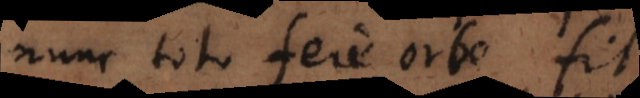
nunc toto fere orbe fit